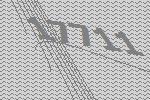
17711